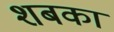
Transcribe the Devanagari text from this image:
शबका